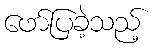
ဖော်ပြခဲ့သည့်